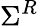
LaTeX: \Sigma^{R}